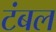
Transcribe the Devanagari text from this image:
टंबल